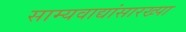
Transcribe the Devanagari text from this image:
साम्यवाद्यांसारख्पा